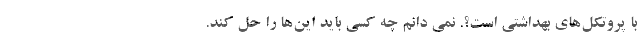
با پروتکل‌های بهداشتی است؟. نمی دانم چه کسی باید این‌ها را حل کند.